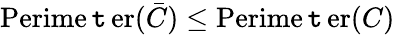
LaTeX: \operatorname{Perime\mathtt{t}er}({\bar{{C}}})\leq\operatorname{Perime\mathtt{t}er}(C)